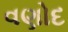
વણોદ